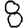
Digit: 8